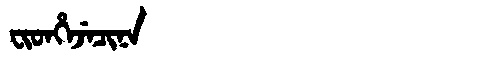
Manchu: ᠸᡳᡨᡥᡝᠵᡝᠴᡳᠨᠠ
Romanization: FITHEJECINA